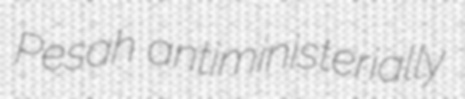
Pesah antiministerially